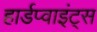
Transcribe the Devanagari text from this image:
हार्डप्वाइंट्स